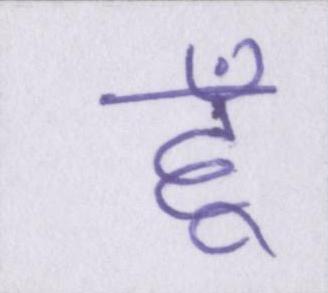
हूँ